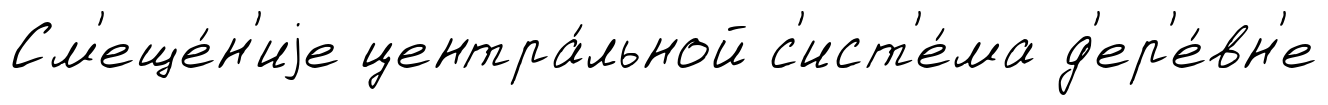
См'еще́н'иjе центра́льной с'ист'е́ма д'ер'е́вн'е